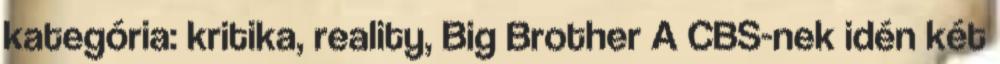
kategória: kritika, reality, Big Brother A CBS-nek idén két